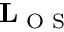
\mathbf { L } _ { \textrm { O S } }